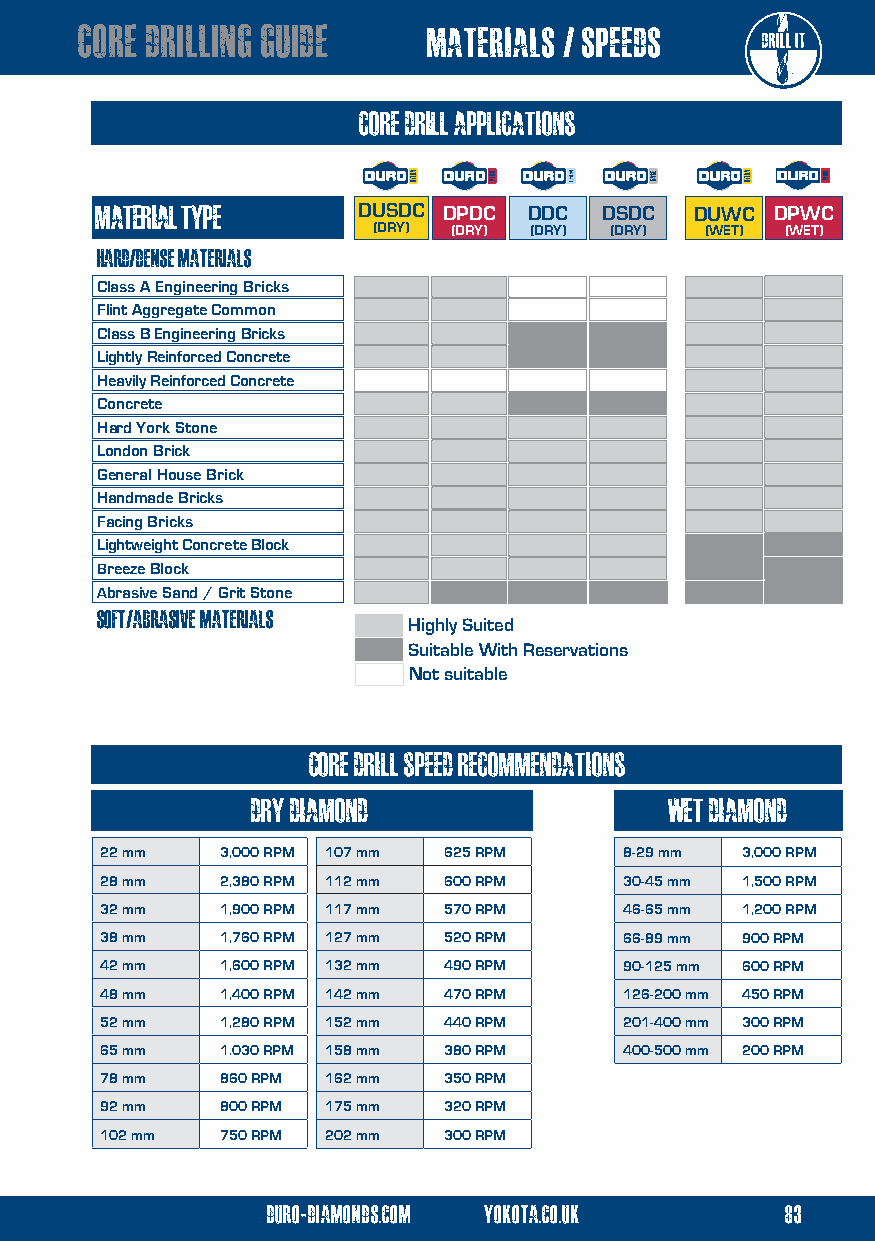
core drilling guide    materials / speeds
 CORE DRILL APPLICATIONS
 material type     DUSDC DPDC DDC  DSDC  DUWC DPWC
 (DRY) (DRY) (DRY) (DRY) (WET) (WET)
 hard/dense materials
 Class A Engineering Bricks
 Flint Aggregate Common
 Class B Engineering Bricks
 Lightly Reinforced Concrete
 Heavily Reinforced Concrete
 Concrete
 Hard York Stone
 London Brick
 General House Brick
 Handmade Bricks
 Facing Bricks
 Lightweight Concrete Block
 Breeze Block
 Abrasive Sand / Grit Stone
 soft/abrasive materials
 Highly Suited
 Suitable With Reservations
 Not suitable
 core drill speed recommendations
 dry diamond                wet diamond
 22 mm   3,000 RPM 107 mm 625 RPM  8-29 mm 3,000 RPM
 28 mm   2,380 RPM 112 mm 600 RPM  30-45 mm 1,500 RPM
 32 mm   1,900 RPM 117 mm 570 RPM  46-65 mm 1,200 RPM
 38 mm   1,760 RPM 127 mm 520 RPM  66-89 mm 900 RPM
 42 mm   1,600 RPM 132 mm 490 RPM  90-125 mm 600 RPM
 48 mm   1,400 RPM 142 mm 470 RPM  126-200 mm 450 RPM
 52 mm   1,280 RPM 152 mm 440 RPM  201-400 mm 300 RPM
 65 mm   1.030 RPM 158 mm 380 RPM  400-500 mm 200 RPM
 78 mm   860 RPM 162 mm 350 RPM
 92 mm   800 RPM 175 mm 320 RPM
 102 mm  750 RPM 202 mm 300 RPM
 duro-diamonds.com yokota.co.uk    83